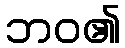
ဘဝ၏